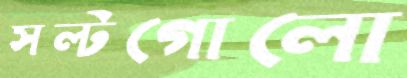
সল্টগোলো